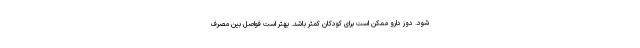
شود. دوز دارو ممکن است برای کودکان کمتر باشد. بهتر است فواصل بین مصرف